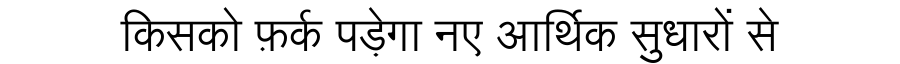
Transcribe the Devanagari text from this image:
किसको फ़र्क पड़ेगा नए आर्थिक सुधारों से